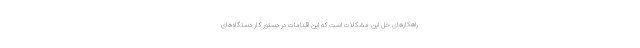
راهکارهای حل این مشکلات است که این اقدامات در دستور کار دستگاه‌های